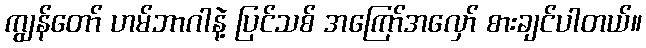
ကျွန်တော် ဟမ်ဘာဂါနဲ့ ပြင်သစ် အကြော်အလှော် စားချင်ပါတယ်။